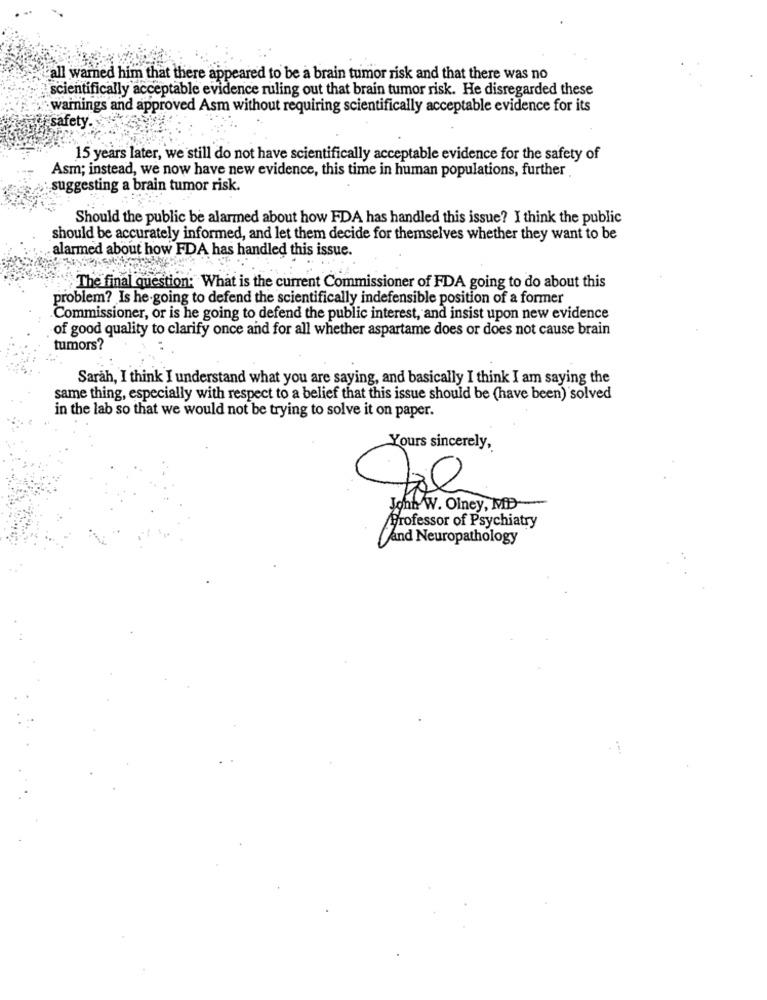
all warned him that there appeared to be a brain tumor risk and that there was no
scientifically acceptable evidence ruling out that brain tumor risk. He disregarded these
warnings and approved Asm without requiring scientifically acceptable evidence for its
safety.
15 years later, we still do not have scientifically acceptable evidence for the safety of
Asm; instead, we now have new evidence, this time in human populations, further
suggesting a brain tumor risk.
Should the public be alarmed about how FDA has handled this issue? I think the public
should be accurately informed, and let them decide for themselves whether they want to be
alarmed about how FDA has handled this issue.
The final question: What is the current Commissioner of FDA going to do about this
problem? Is he-going to defend the scientifically indefensible position of a former
Commissioner, or is he going to defend the public interest, and insist upon new evidence
of good quality to clarify once and for all whether aspartame does or does not cause brain
tumors?
Sarah, I think I understand what you are saying, and basically I think I am saying the
same thing, especially with respect to a belief that this issue should be (have been) solved
in the lab so that we would not be trying to solve it on paper.
Yours sincerely,
John W. Olney, MD-
Professor of Psychiatry
and Neuropathology